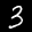
Label: 3